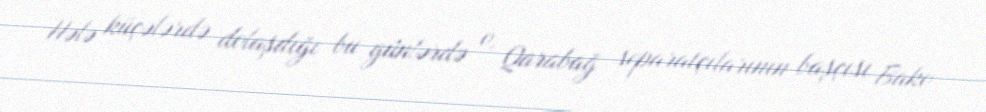
Hələ küçələrdə dolaşdığı bu günlərdə o, Qarabağ separatçılarının başçısı Bako